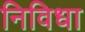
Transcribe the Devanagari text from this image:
निविधा